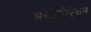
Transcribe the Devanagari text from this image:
असोशीऐशन